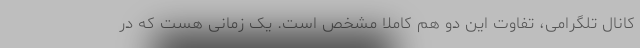
کانال تلگرامی، تفاوت این دو هم کاملا مشخص است. یک زمانی هست که در